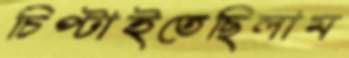
চিপ্‌টাইতেছিলাম